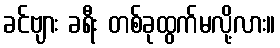
ခင်ဗျား ခရီး တစ်ခုထွက်မလို့လား။